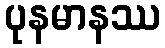
ပုနမာနဿ